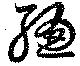
聡